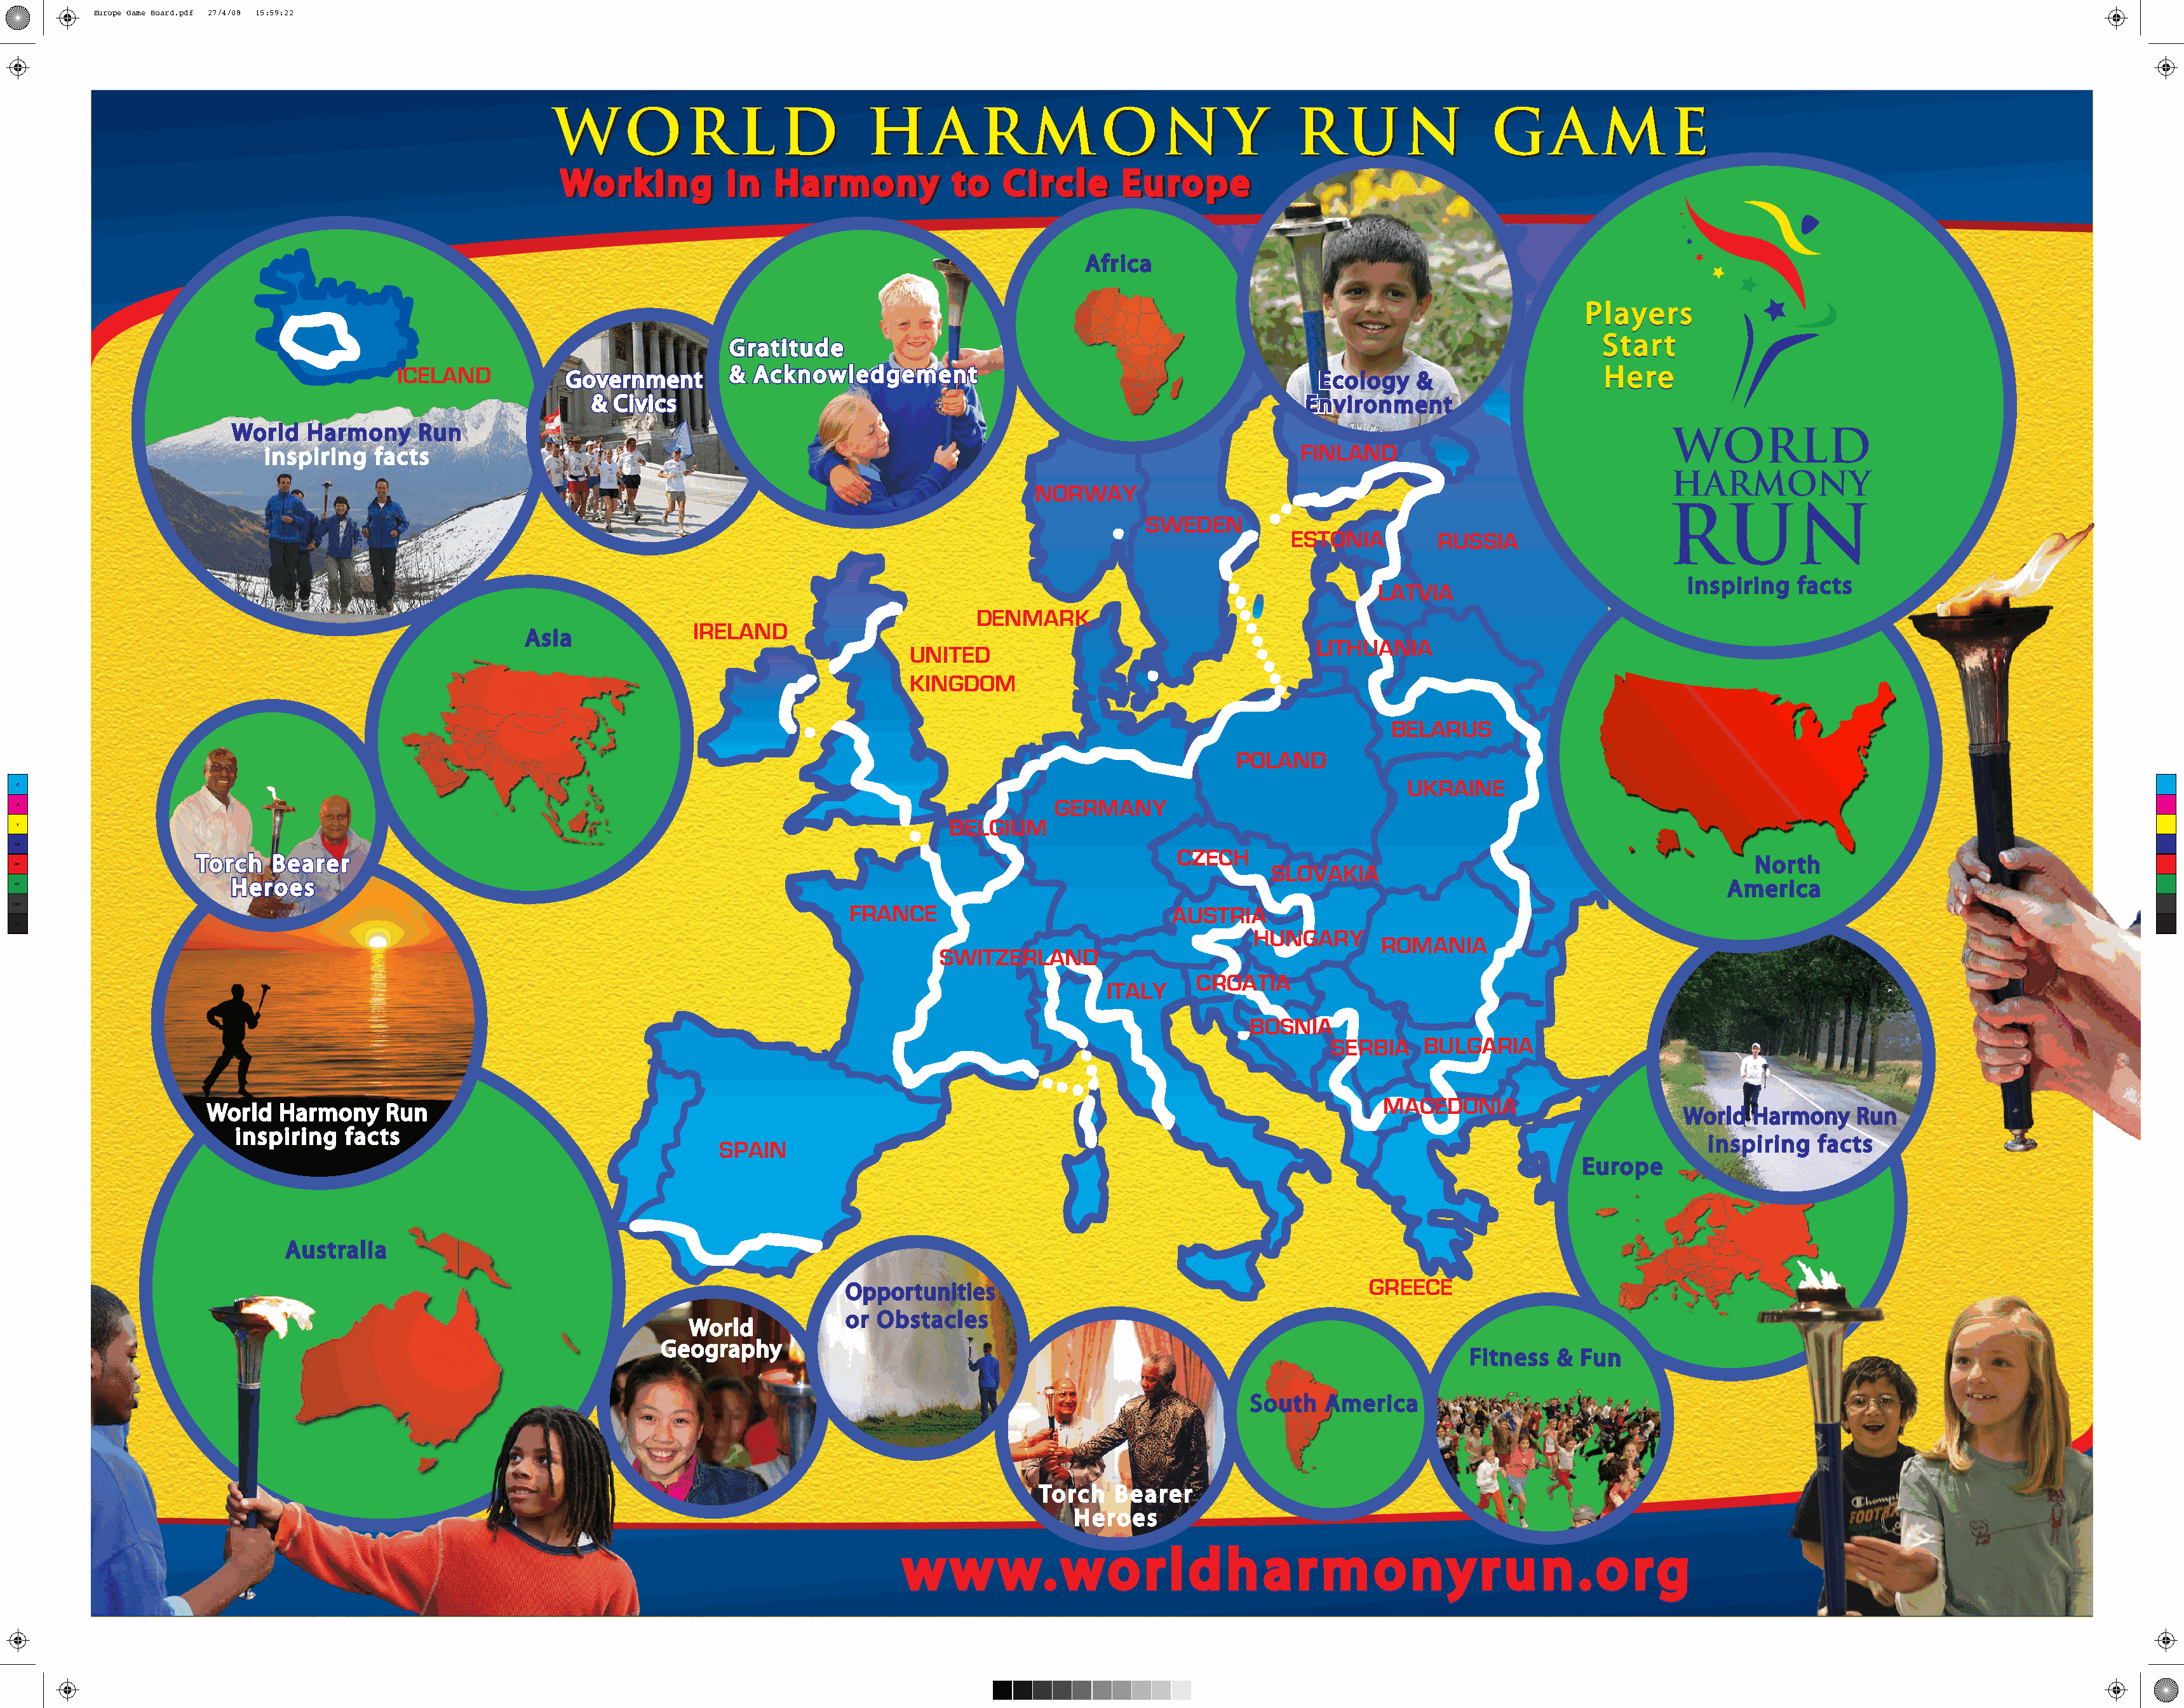
Europe Game Board.pdf 27/4/08 15:59:22
 WWOORRLLDD                      HHAARRMMOONNYY                               RRUUNN              GGAA        MMEE
 WWoorrkkiinngg    iinn HHaarrmmoonnyy    ttoo  CCiirrccllee EEuurrooppee
 Africa
 PPllaayyeerrss
 SSttaarrtt
 GGrraattiittuuddee
 ICELAND                            && AAcckknnoowwlleeddggeemmeenntt                                                          HHeerree
 GGoovveerrnnmmeenntt                                                          EEccoollooggyy &&
 && CCiivviiccss                                                           EEnnvviirroonnmmeenntt
 World   Harmony     Run
 inspiring  facts                                                                                            FINLAND
 NORWAY
 SWEDEN
 ESTONIA         RUSSIA
 inspiring  facts
 LATVIA
 DENMARK
 IRELAND
 Asia
 LITHUANIA
 UNITED
 KINGDOM
 BELARUS
 POLAND
 UKRAINE
 C
 GERMANY
 M
 BELGIUM
 Y
 CM
 CZECH
 TToorrcchh BBeeaarreerr                                                                                                                                            North
 MY                                                                                                                                SLOVAKIA
 HHeerrooeess                                                                                                                                                America
 CY
 CMY                                                                                    FRANCE                            AUSTRIA
 K
 HUNGARY
 ROMANIA
 SWITZERLAND
 CROATIA
 ITALY
 BOSNIA
 SERBIA   BULGARIA
 MACEDONIA
 World  Harmony    Run                                                                                                                                    World   Harmony   Run
 inspiring  facts
 inspiring  facts
 SPAIN
 Europe
 Australia
 GREECE
 Opportunities
 or Obstacles
 World
 Geography
 Fitness  &  Fun
 South   America
 Torch   Bearer
 Heroes
 ww   ww   ww   .. ww  oo rr ll dd hh  aa rr mm   oo  nn  yy rr uu  nn  .. oo rr gg